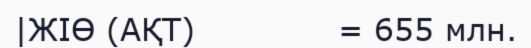
|ЖІӨ (АҚТ)             = 655 млн.